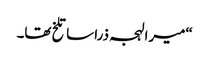
“میرا لہجہ ذرا سا تلخ تھا۔